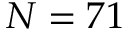
N = 7 1